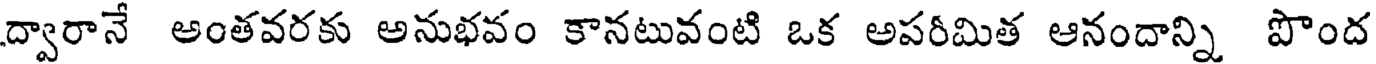
ద్వారానే అంతవరకు అనుభవం కానటువంటి ఒక అపరీమిత ఆనందాన్ని పొంద